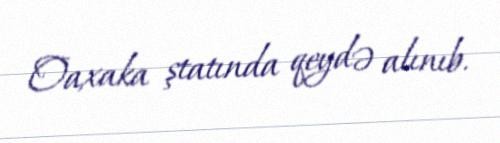
Oaxaka ştatında qeydə alınıb.